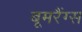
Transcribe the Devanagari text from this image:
बूमरैंग्स